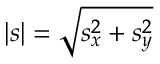
| s | = \sqrt { s _ { x } ^ { 2 } + s _ { y } ^ { 2 } }